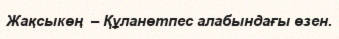
Жақсыкөң  – Құланөтпес алабындағы өзен.